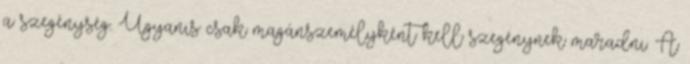
a szegénység. Ugyanis csak magánszemélyként kell szegénynek maradni. A